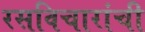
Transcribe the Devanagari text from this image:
रसविचारांची